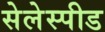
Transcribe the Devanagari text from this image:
सेलेस्पीड